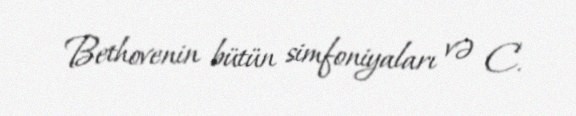
Bethovenin bütün simfoniyaları və C.